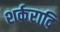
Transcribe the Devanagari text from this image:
शर्करादि